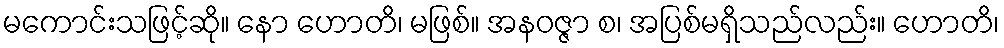
မကောင်းသဖြင့်ဆို။ နော ဟောတိ၊ မဖြစ်။ အနဝဇ္ဇာ စ၊ အပြစ်မရှိသည်လည်း။ ဟောတိ၊